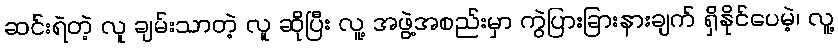
ဆင်းရဲတဲ့ လူ ချမ်းသာတဲ့ လူ ဆိုပြီး လူ့ အဖွဲ့အစည်းမှာ ကွဲပြားခြားနားချက် ရှိနိုင်ပေမဲ့၊ လူ့